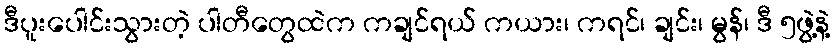
ဒီပူးပေါင်းသွားတဲ့ ပါတီတွေထဲက ကချင်ရယ် ကယား၊ ကရင်၊ ချင်း၊ မွန်၊ ဒီ ၅ဖွဲ့နဲ့